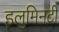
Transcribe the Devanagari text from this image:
इलुमिनटी